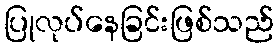
ပြုလုပ်နေခြင်းဖြစ်သည်